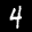
Label: 4